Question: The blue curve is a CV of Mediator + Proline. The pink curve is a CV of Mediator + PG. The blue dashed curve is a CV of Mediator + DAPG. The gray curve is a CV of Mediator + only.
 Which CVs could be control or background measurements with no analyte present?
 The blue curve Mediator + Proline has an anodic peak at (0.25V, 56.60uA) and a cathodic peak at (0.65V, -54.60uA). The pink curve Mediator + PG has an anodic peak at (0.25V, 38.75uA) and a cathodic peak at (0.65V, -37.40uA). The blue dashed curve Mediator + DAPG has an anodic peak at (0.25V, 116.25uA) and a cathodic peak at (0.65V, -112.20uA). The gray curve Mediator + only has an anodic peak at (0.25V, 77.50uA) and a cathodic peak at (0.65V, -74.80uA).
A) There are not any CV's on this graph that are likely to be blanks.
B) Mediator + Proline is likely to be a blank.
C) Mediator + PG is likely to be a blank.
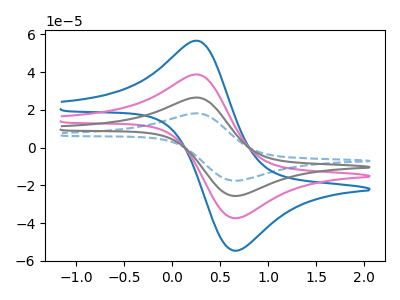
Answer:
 <answer>A) There are not any CV's on this graph that are likely to be blanks.</answer>
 <eval>A</eval>